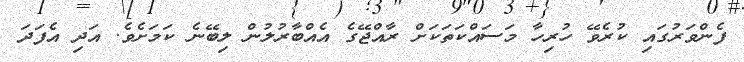
ފެންވަރުގައި ކުރެވޭ ހުރިހާ މަސައްކަތަކަށް ރާއްޖޭގެ އެއްބާރުލުން ލިބޭނެ ކަމަށެވެ. އަދި އެފަދަ